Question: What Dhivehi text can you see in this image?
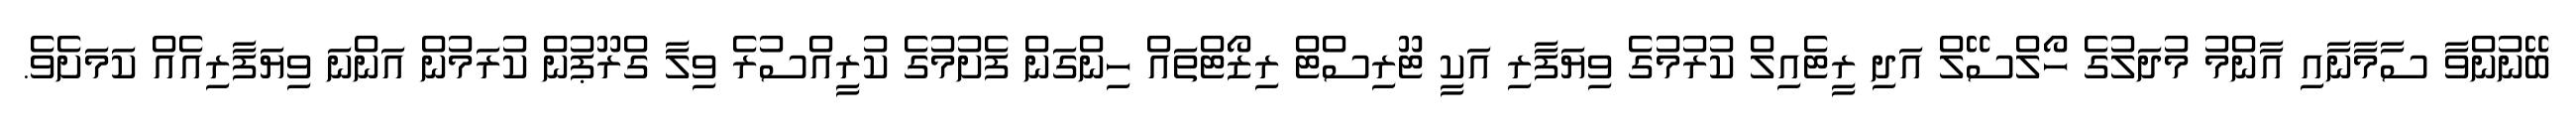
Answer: ބޭނުންވާ ސާމާނާއި އާންމު މުދަލުގެ ހޯލްސޭލް އަދި ރީޓެއިލް ކުރުމުގެ ވިޔަފާރި އަކީ ޓޫރިސްޓް ރިޒޯޓްތައް ހިންގަން ފެށުމުގެ ކުރީއްސުރެ ވިލާ ގްރޫޕުން ކުރަމުން އަންނަ ވިޔަފާރިއެއް ކަމަށެވެ.